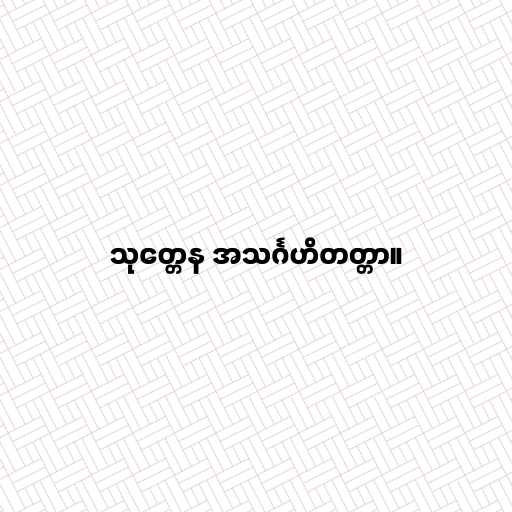
သုတ္တေန အသင်္ဂဟိတတ္တာ။